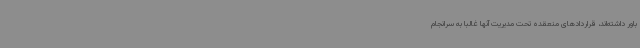
باور داشته‌اند، قراردادهای منعقده تحت مدیریت آنها غالبا به سرانجام